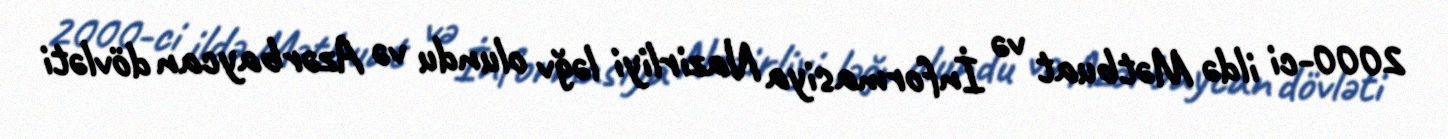
2000-ci ildə Mətbuat və İnformasiya Nazirliyi ləğv olundu və Azərbaycan dövləti